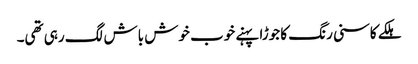
ہلکے کاسنی رنگ کا جوڑا پہنے خوب خوش باش لگ رہی تھی۔